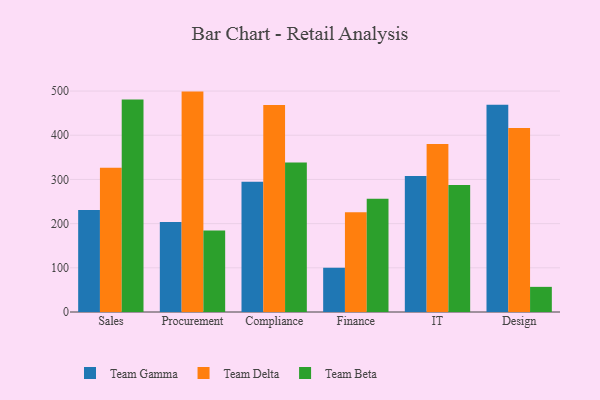
{"axis": {"x": "Department", "y": "Headcount"}, "legend": ["Team Beta", "Team Delta", "Team Gamma"], "data": [{"x": "Sales", "y": 230.8, "type": "Team Gamma"}, {"x": "Sales", "y": 326.7, "type": "Team Delta"}, {"x": "Sales", "y": 480.9, "type": "Team Beta"}, {"x": "Procurement", "y": 203.8, "type": "Team Gamma"}, {"x": "Procurement", "y": 498.8, "type": "Team Delta"}, {"x": "Procurement", "y": 184.4, "type": "Team Beta"}, {"x": "Compliance", "y": 294.6, "type": "Team Gamma"}, {"x": "Compliance", "y": 468.6, "type": "Team Delta"}, {"x": "Compliance", "y": 338.4, "type": "Team Beta"}, {"x": "Finance", "y": 100.2, "type": "Team Gamma"}, {"x": "Finance", "y": 225.7, "type": "Team Delta"}, {"x": "Finance", "y": 256.4, "type": "Team Beta"}, {"x": "IT", "y": 307.9, "type": "Team Gamma"}, {"x": "IT", "y": 380.4, "type": "Team Delta"}, {"x": "IT", "y": 287.6, "type": "Team Beta"}, {"x": "Design", "y": 468.9, "type": "Team Gamma"}, {"x": "Design", "y": 416.4, "type": "Team Delta"}, {"x": "Design", "y": 56.9, "type": "Team Beta"}]}